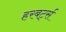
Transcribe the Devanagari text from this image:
हरबर्ट्स